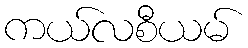
ကယ်လစီယမ်